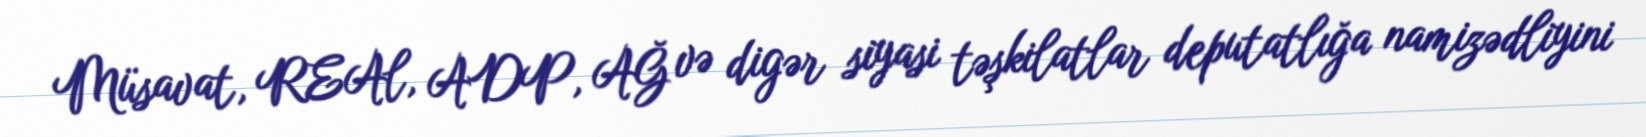
Müsavat, REAl, ADP, AĞ və digər siyasi təşkilatlar deputatlığa namizədliyini